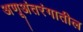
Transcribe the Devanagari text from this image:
अणूअंतरंगातील